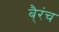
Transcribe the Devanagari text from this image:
बै्रंच